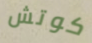
كوتش